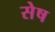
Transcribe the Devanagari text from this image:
सेष